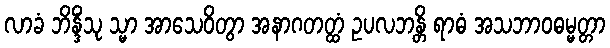
လာခံ ဘိန္ဒိံသု သ္မာ အာသေဝိတွာ အနာဂတတ္ထံ ဥပလဘန္တိ ရာဓံ အသဘာဝဓမ္မတ္တာ